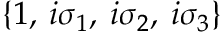
\left\{ 1 , \: i \sigma _ { 1 } , \: i \sigma _ { 2 } , \: i \sigma _ { 3 } \right\}